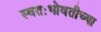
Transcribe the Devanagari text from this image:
स्वतःभोवतीच्या